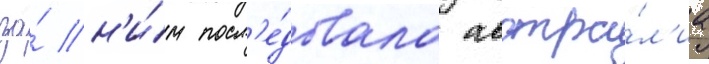
за́ н'и́м посл'е́довала австра́л'иа